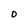
Character: O